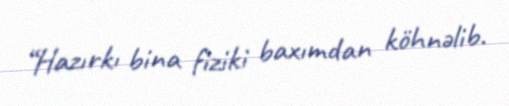
“Hazırkı bina fiziki baxımdan köhnəlib.